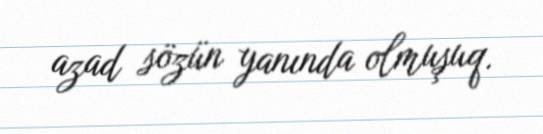
azad sözün yanında olmuşuq.